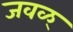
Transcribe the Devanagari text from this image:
जवळ्